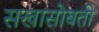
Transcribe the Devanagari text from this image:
सखासोबती